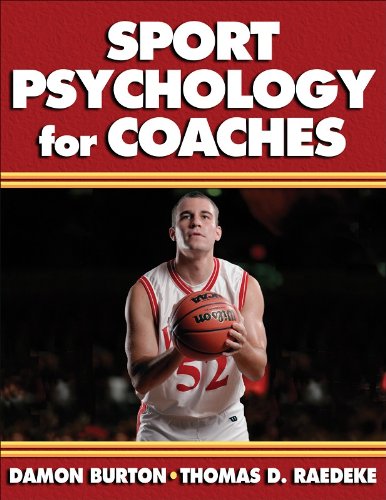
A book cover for Sport Psychology for Coaches; Damon Burton; Sports & Outdoors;